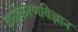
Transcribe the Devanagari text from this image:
वर्गीकरणविज्ञान